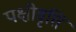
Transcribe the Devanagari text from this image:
पक्षीवृत्ति